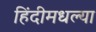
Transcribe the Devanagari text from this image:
हिंदीमधल्या